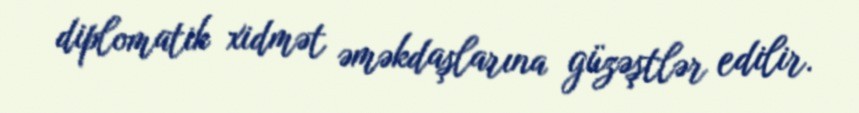
diplomatik xidmət əməkdaşlarına güzəştlər edilir.